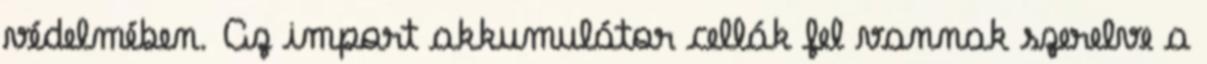
védelmében. Az import akkumulátor cellák fel vannak szerelve a